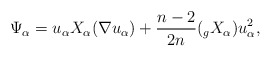
\begin{align*} \Psi_\alpha=u_\alpha X_\alpha(\nabla u_\alpha) + \frac{n-2}{2n}(_g X_\alpha) u_\alpha^2, \end{align*}